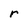
Character: r